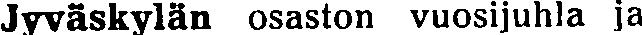
Jyväskylän osaston vuosijuhla ja